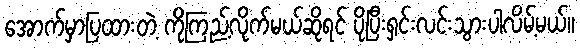
အောက်မှာပြထားတဲ့ ကိုကြည့်လိုက်မယ်ဆိုရင် ပိုပြီးရှင်းလင်းသွားပါလိမ့်မယ်။